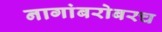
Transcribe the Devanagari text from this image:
नागांबरोबरच